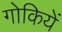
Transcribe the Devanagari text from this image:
गोकियें